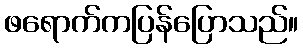
ဖရောက်ကပြန်ပြောသည်။